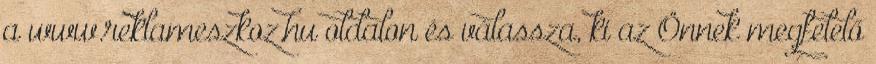
a www.reklameszkoz.hu oldalon és válassza, ki az Önnek megfelelő